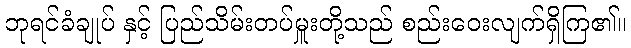
ဘုရင်ခံချုပ် နှင့် ပြည်သိမ်းတပ်မှူးတို့သည် စည်းဝေးလျက်ရှိကြ၏။